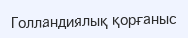
Голландиялық қорғаныс